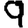
Digit: 9